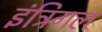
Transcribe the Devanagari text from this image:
इंट्रिगल